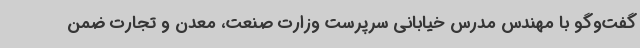
گفت‌وگو با مهندس مدرس خیابانی سرپرست وزارت صنعت، معدن و تجارت ضمن